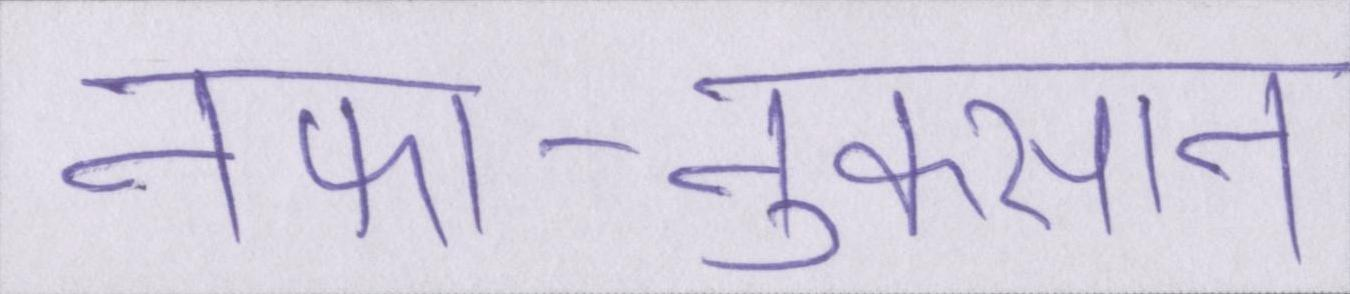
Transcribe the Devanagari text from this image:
नफा-नुकसान